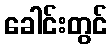
ခေါင်းတွင်